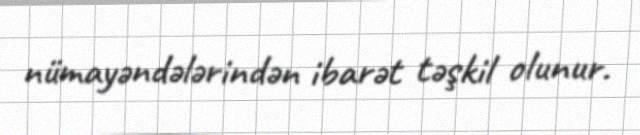
nümayəndələrindən ibarət təşkil olunur.